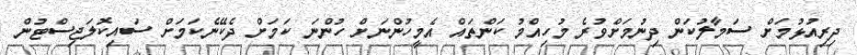
ދިރިއުޅުމަށް ސަމާލުކަން ދިނުމަށްވުރެ މުހިއްމު ކަންތައް އެމީހުންނަށް ހުންނަ ކަމަށް ދެކޭނެކަމަށް ސައިކޮލަޖިސްޓުން